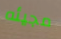
مجيئه